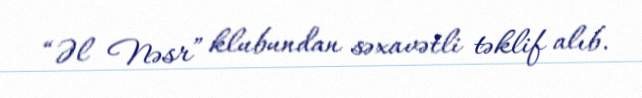
“Əl Nəsr” klubundan səxavətli təklif alıb.